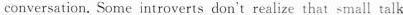
conversation, Some introverts don't realize that small talk